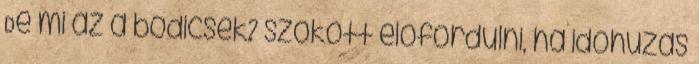
De mi az a bodicsek? szokott elofordulni, ha idohuzas